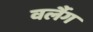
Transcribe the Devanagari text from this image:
वर्लैग